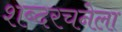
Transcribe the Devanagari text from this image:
शब्दरचनेला